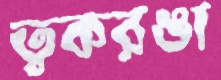
ত্বকরঙা